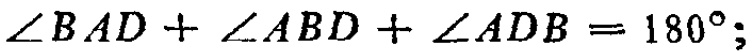
\(\angle BAD + \angle ABD + \angle ADB = 180^{\circ};\)